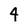
Character: 4